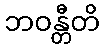
ဘဝန္တီတိ